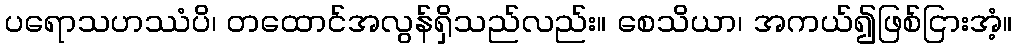
ပရောသဟဿံပိ၊ တထောင်အလွန်ရှိသည်လည်း။ စေသိယာ၊ အကယ်၍ဖြစ်ငြားအံ့။